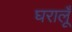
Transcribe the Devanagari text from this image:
घरालूँ